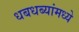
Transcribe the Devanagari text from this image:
धबधब्यांमध्ये